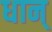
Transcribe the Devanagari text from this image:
धान्